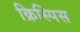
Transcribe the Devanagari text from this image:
क्रिस्पिस